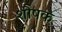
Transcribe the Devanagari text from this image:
शीषक